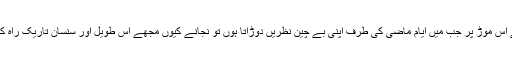
اور آج عمر کے اس موڑ پر جب میں ایام ماضی کی طرف اپنی بے چین نظریں دوڑاتا ہوں تو نجانے کیوں مجھے اس طویل اور سنسان تاریک راہ کی یاد آ گئی ہے۔